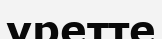
уретте